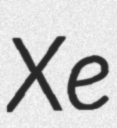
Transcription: Xe